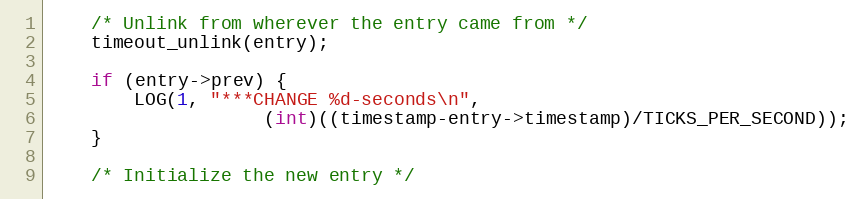
Language: C
    /* Unlink from wherever the entry came from */
    timeout_unlink(entry);

    if (entry->prev) {
        LOG(1, "***CHANGE %d-seconds\n",
                    (int)((timestamp-entry->timestamp)/TICKS_PER_SECOND));
    }

    /* Initialize the new entry */